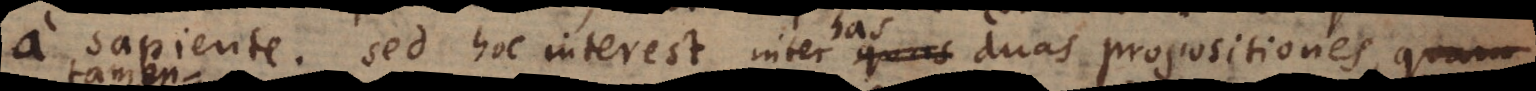
a sapiente. Sed hoc interest inter has duas propositiones,